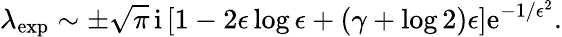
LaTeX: \lambda_{\mathrm{exp}}\sim\pm\sqrt{\pi}\, \mathrm{i}\left[1-2\epsilon\log\epsilon+\left(\gamma+\log 2\right)\epsilon\right]\mathrm{e}^{-1/\epsilon^{2}}.